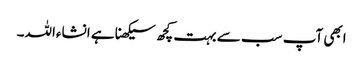
ابھی آپ سب سے بہت کچھ سیکھنا ہے انشاءاللہ۔